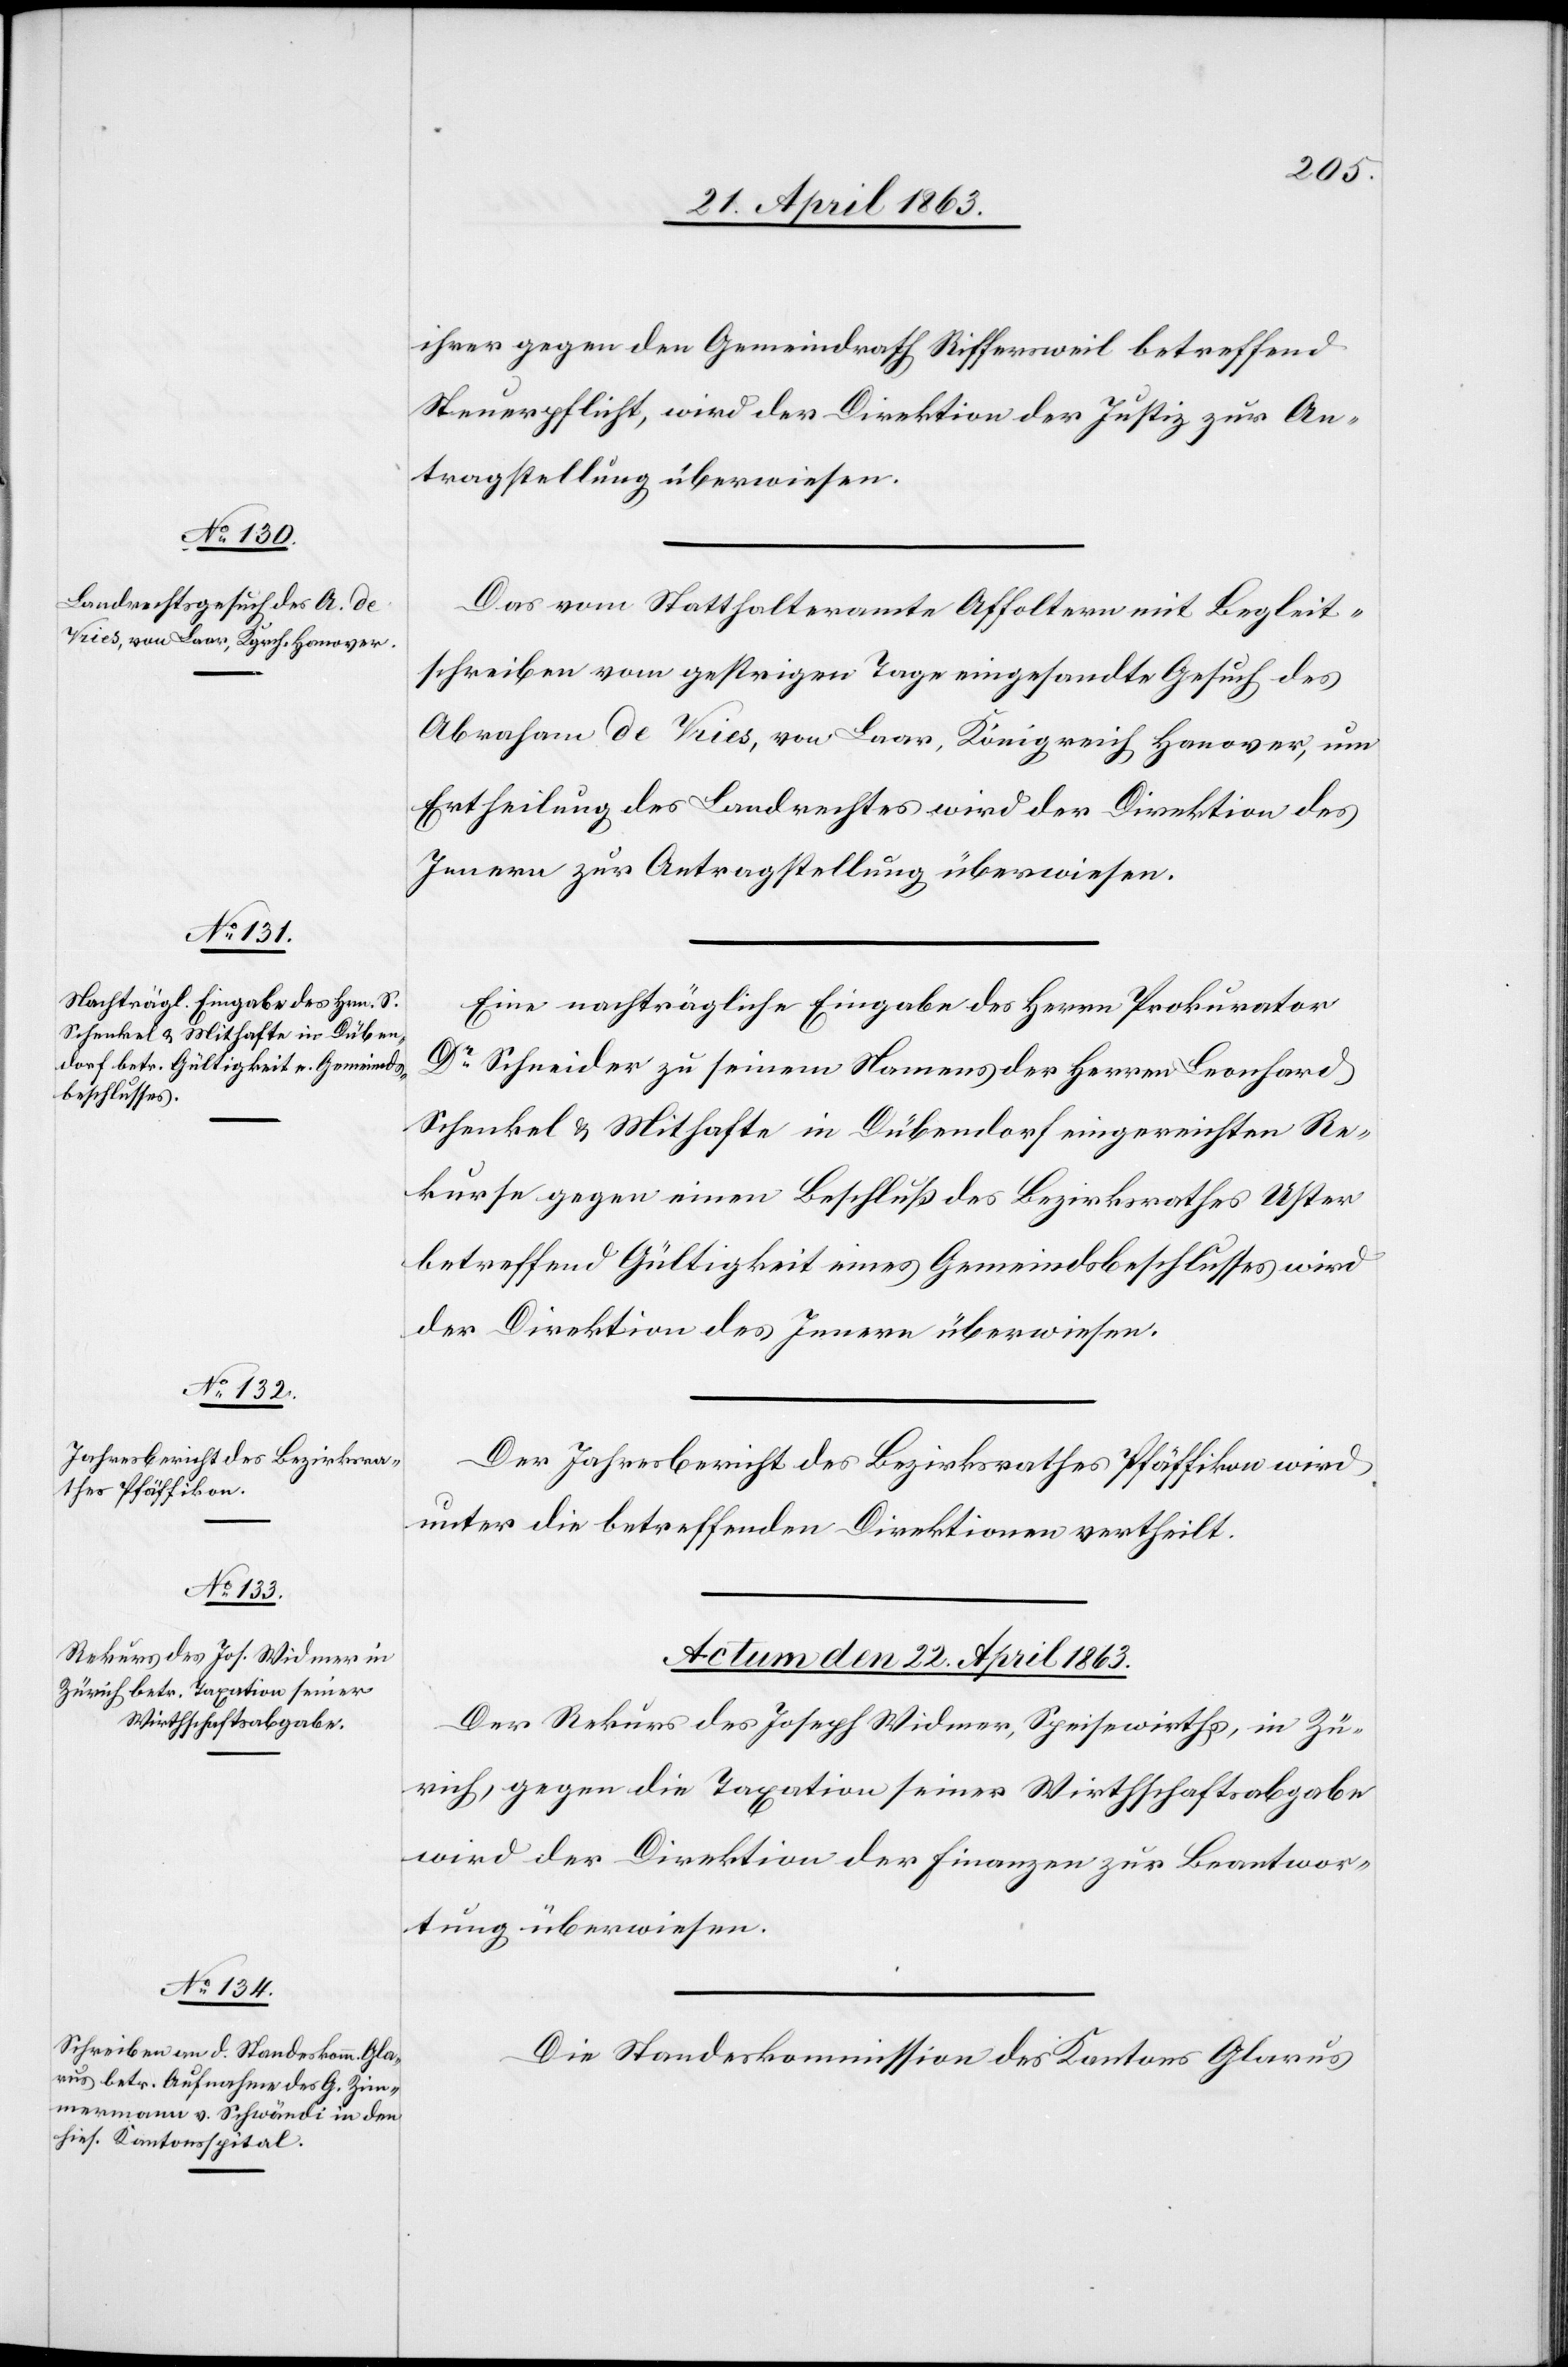
ihrer gegen den Gemeindrath Riffersweil betreffend
Steuerpflicht, wird der Direktion der Justiz zur An¬
tragstellung überwiesen.
Das vom Statthalteramte Affoltern mit Begleit¬
schreiben vom gestrigen Tage eingesandte Gesuch des
Abraham de Vries, von Laar, Königreich Hanover, um
Ertheilung des Landrechtes wird der Direktion des
Innern zur Antragstellung überwiesen.
Eine nachträgliche Eingabe des Herrn Prokurator
Dr Schneider zu seinem Namens der Herren Leonhard
Schenkel & Mithafte in Dübendorf eingereichten Re¬
kurse gegen einen Beschluß des Bezirksrathes Uster
betreffend Gültigkeit eines Gemeindsbeschlusses wird
der Direktion des Innern überwiesen.
Der Jahresbericht des Bezirksrathes Pfäffikon wird
unter die betreffenden Direktionen vertheilt.
Actum den 22. April 1863.]
Der Rekurs des Joseph Widmer, Speisewirths, in Zü¬
rich, gegen die Taxation seiner Wirthschaftsabgabe
wird der Direktion der Finanzen zur Beantwor¬
tung überwiesen.
Die Standeskommission des Kantons Glarus